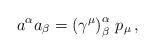
LaTeX: \begin{align*}a^{\alpha }a_{\beta }=\left( \gamma ^{\mu }\right) _{\beta }^{\alpha}\,p_{\mu }\,,\end{align*}